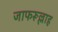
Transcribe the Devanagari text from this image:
जाफरूल्लाह